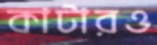
কাটারও